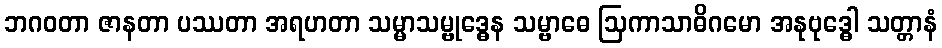
ဘဂဝတာ ဇာနတာ ပဿတာ အရဟတာ သမ္မာသမ္ဗုဒ္ဓေန သမ္ဗာဓေ ဩကာသာဓိဂမော အနုဗုဒ္ဓေါ သတ္တာနံ